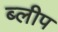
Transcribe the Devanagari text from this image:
ब्लीप